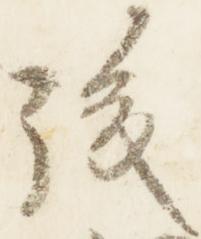
後